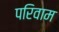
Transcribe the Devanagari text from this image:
परिवाम